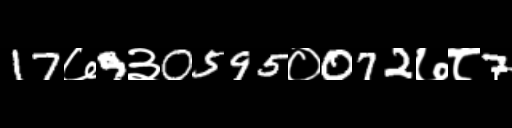
Text: 17७9३0595०072७८7